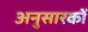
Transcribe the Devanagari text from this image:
अनुसारकों